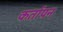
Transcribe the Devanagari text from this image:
कर्तापन